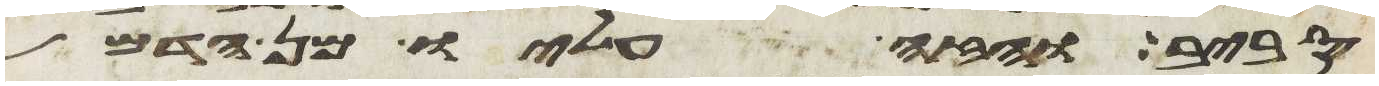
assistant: סביב והזה עליו מן הדם